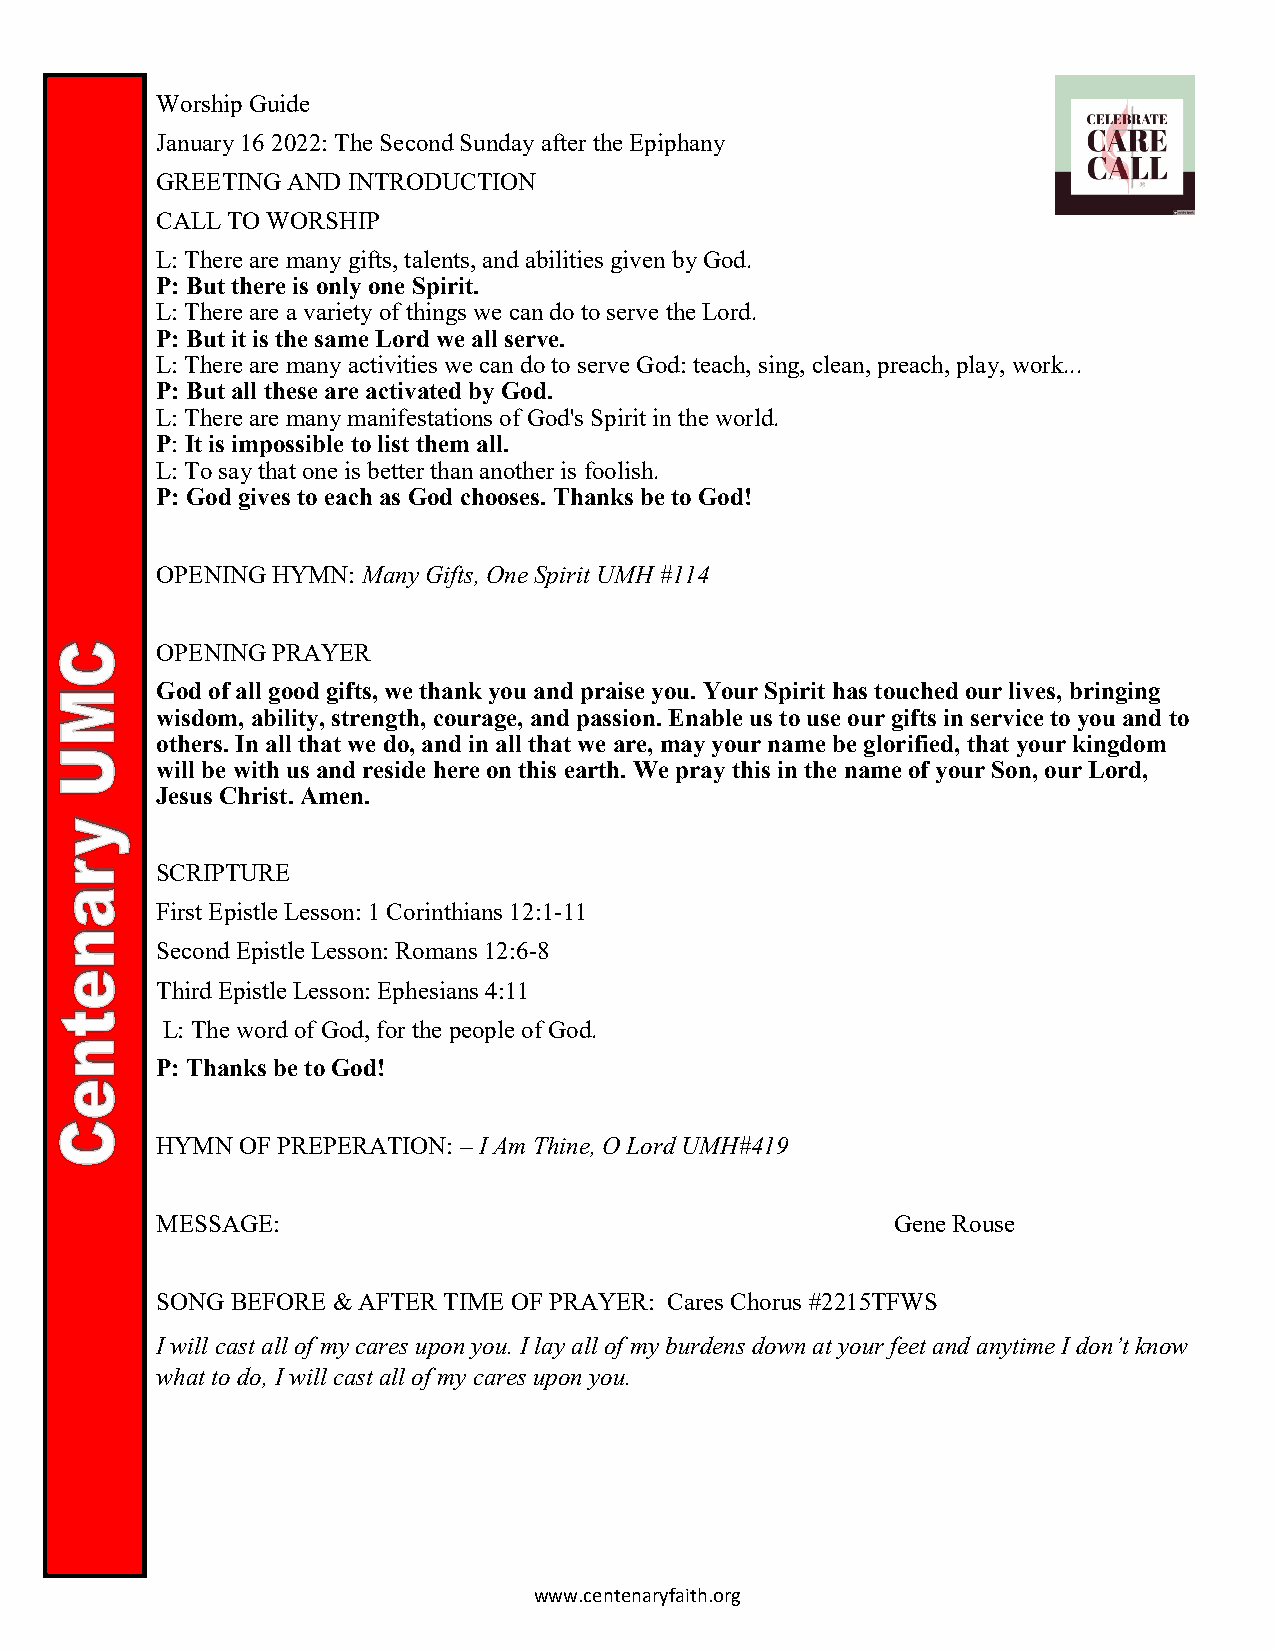
Worship Guide
 January 16 2022: The Second Sunday after the Epiphany
 GREETING AND INTRODUCTION
 CALL TO WORSHIP
 L: There are many gifts, talents, and abilities given by God.
 P: But there is only one Spirit.
 L: There are a variety of things we can do to serve the Lord.
 P: But it is the same Lord we all serve.
 L: There are many activities we can do to serve God: teach, sing, clean, preach, play, work...
 P: But all these are activated by God.
 L: There are many manifestations of God's Spirit in the world.
 P: It is impossible to list them all.
 L: To say that one is better than another is foolish.
 P: God gives to each as God chooses. Thanks be to God!
 OPENING HYMN: Many Gifts, One Spirit UMH #114
 OPENING PRAYER
 God of all good gifts, we thank you and praise you. Your Spirit has touched our lives, bringing
 wisdom, ability, strength, courage, and passion. Enable us to use our gifts in service to you and to
 others. In all that we do, and in all that we are, may your name be glorified, that your kingdom
 will be with us and reside here on this earth. We pray this in the name of your Son, our Lord,
 Jesus Christ. Amen.
 SCRIPTURE
 First Epistle Lesson: 1 Corinthians 12:1-11
 Second Epistle Lesson: Romans 12:6-8
 Third Epistle Lesson: Ephesians 4:11
 L: The word of God, for the people of God.
 P: Thanks be to God!
 HYMN  OF PREPERATION: – I Am Thine, O Lord UMH#419
 MESSAGE:                                         Gene Rouse
 SONG BEFORE & AFTER TIME OF PRAYER: Cares Chorus #2215TFWS
 I will cast all of my cares upon you. I lay all of my burdens down at your feet and anytime I don’t know
 what to do, I will cast all of my cares upon you.
 www.centenaryfaith.org